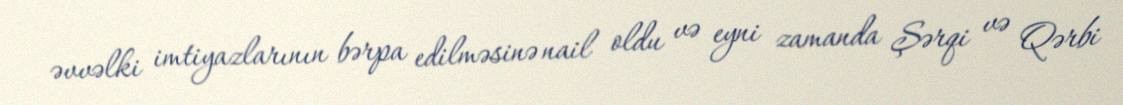
əvvəlki imtiyazlarının bərpa edilməsinə nail oldu və eyni zamanda Şərqi və Qərbi